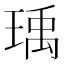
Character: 瑀